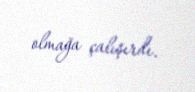
olmağa çalışırdı.